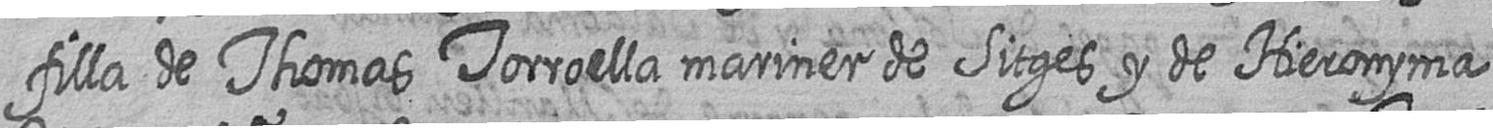
filla de Thomas Torroella mariner de Sitges y de Hieronyma